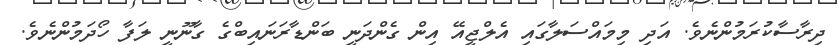
ދިރާސާކުރަމުންނެވެ. އަދި މިމައްސަލާގައި އެލްޖީއޭ އިން ގެންދަނީ ބަންޑާރަނައިބްގެ ގާނޫނީ ލަފާ ހޯދަމުންނެވެ.